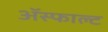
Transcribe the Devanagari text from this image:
ॲस्फाल्ट